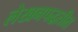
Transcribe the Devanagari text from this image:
लेखनपद्धतीत